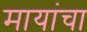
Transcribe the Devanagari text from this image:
मायांचा